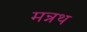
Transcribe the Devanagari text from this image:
मन्नथ